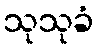
သုသုခံ